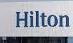
hilton